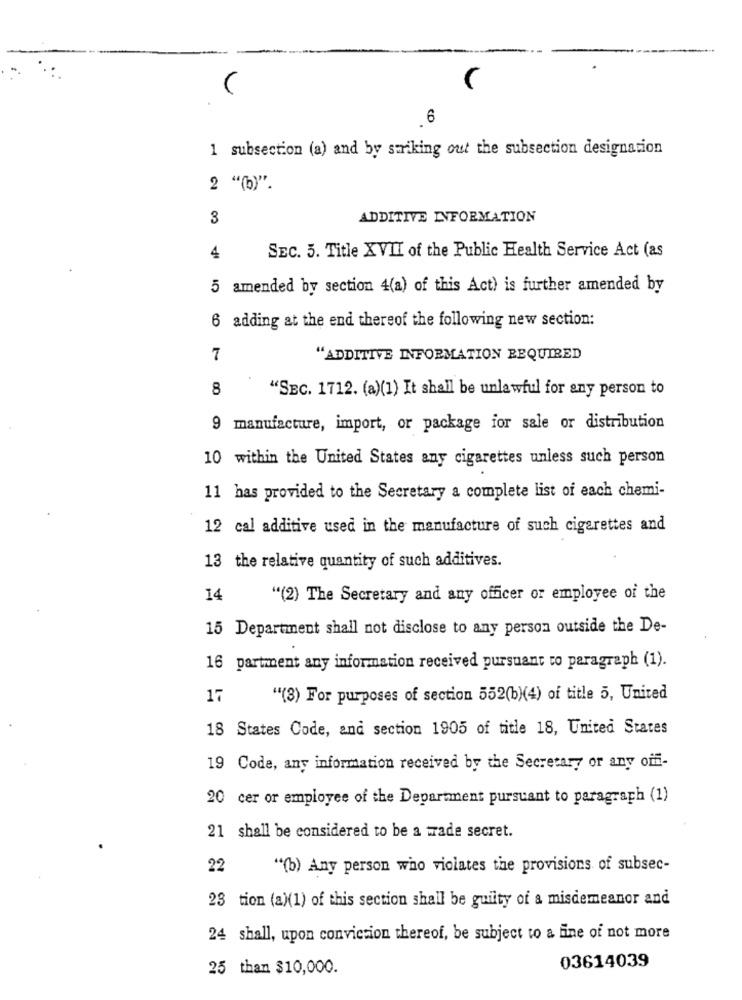
(
6
1 subsection (a) and by saiking out the subsection designation
2 "(b)".
3
ADDITIVE INFORMATION
4
SEC. 5. Title XVII of the Public Health Service Act (as
5 amended by section 4(a) of this Act) is further amended by
6 adding at the end thereof the following new section:
7
"ADDITIVE INFORMATION REQUIRED
8
"SEC. 1712. (a)(1) It shall be unlawful for any person to
9 manufacture, import, or package for sale or distribution
10 within the United States any cigarettes unless such person
11 has provided to the Secretary a complete list of each chemi-
12 cal additive used in the manufacture of such cigarettes and
13 the relative quantity of such additives.
14
"(2) The Secretary and any officer or employee of the
15 Department shall not disclose to any person outside the De-
16 partment any information received pursuant to paragraph (1).
17
"(3) For purposes of section 552(b)(4) of title 5, United
18 States Code, and section 1905 of title 18, United States
19 Code, any information received by the Secretary or any off-
20 cer or employee of the Department pursuant to paragraph (1)
21 shall be considered to be a trade secret.
22
"(b) Any person who violates the provisions of subsec-
23 tion (a)(1) of this section shall be guilty of a misdemeanor and
24 shall, upon conviction thereof, be subject to a fine of not more
03614039
25 than $10,000.